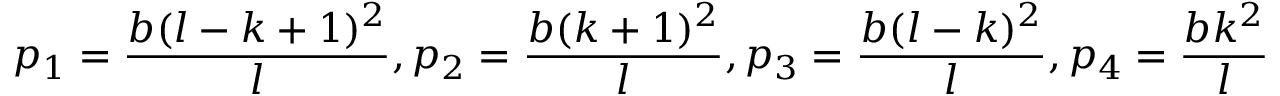
p _ { 1 } = \frac { b ( l - k + 1 ) ^ { 2 } } { l } , p _ { 2 } = \frac { b ( k + 1 ) ^ { 2 } } { l } , p _ { 3 } = \frac { b ( l - k ) ^ { 2 } } { l } , p _ { 4 } = \frac { b k ^ { 2 } } { l }